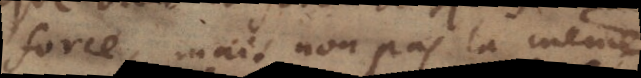
force, mais non pas la même